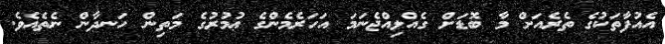
އެއުފާތަކުގެ ތެރެއަށް މާ ބޮޑަށް ގެއްލިއްޖެނަމަ އަހަރެމެންގެ ޢުމުރުގެ މަތިން ހަނދާން ނެތެއެވެ.